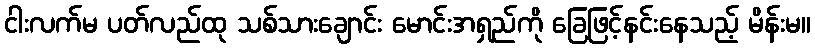
ငါးလက်မ ပတ်လည်ထု သစ်သားချောင်း မောင်းအရှည်ကို ခြေဖြင့်နင်းနေသည့် မိန်းမ။